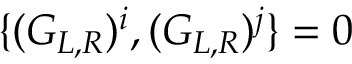
\{ ( G _ { L , R } ) ^ { i } , ( G _ { L , R } ) ^ { j } \} = 0